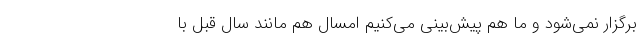
برگزار نمی‌شود و ما هم پیش‌بینی می‌کنیم امسال هم مانند سال قبل با